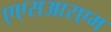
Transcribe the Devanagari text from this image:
एएसआरएम